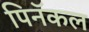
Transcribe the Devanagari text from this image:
पिनॅकल